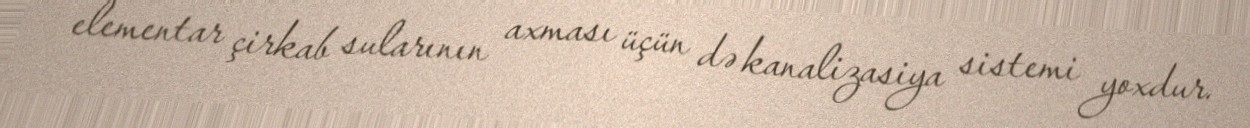
elementar çirkab sularının axması üçün də kanalizasiya sistemi yoxdur.